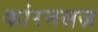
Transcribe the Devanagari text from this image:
कांरनसज़